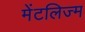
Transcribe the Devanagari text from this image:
मेंटलिज्म